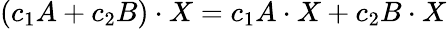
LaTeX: (c_{1}A+c_{2}B)\cdot X=c_{1}A\cdot X+c_{2}B\cdot X